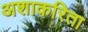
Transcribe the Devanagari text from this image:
अशाकरिता